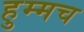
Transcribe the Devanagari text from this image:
हुम्मच